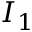
I _ { 1 }